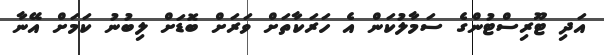
އަދި ޓޫރިސްޓުންގެ ސަމާލުކަން އެ ހަރަކާތަށް ވަރަށް ބޮޑަށް ލިބުނު ކަމަށް އޭނާ